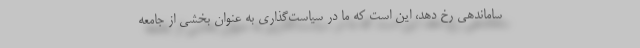
ساماندهی رخ دهد، این است که ما در سیاست‌گذاری به عنوان بخشی از جامعه